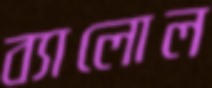
ব্যালোল